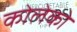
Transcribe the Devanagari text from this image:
कोलेको